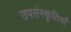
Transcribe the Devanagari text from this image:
उपसंस्कृतियाँ